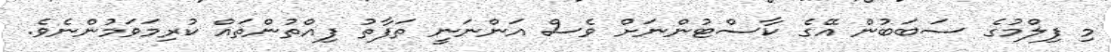
މި ފިލްމުގެ ސަބަބުން އޭގެ ކާސްޓުންނަށް ވެސް އަންނަނީ ތަފާތު ފިއްތުންތައް ކުރިމަވަމުންނެވެ.